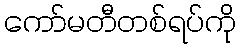
ကော်မတီတစ်ရပ်ကို